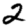
Digit: 2